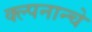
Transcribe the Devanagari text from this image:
क्ल्पनान्चे